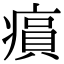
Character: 𤸫